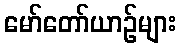
မော်တော်ယာဉ်များ